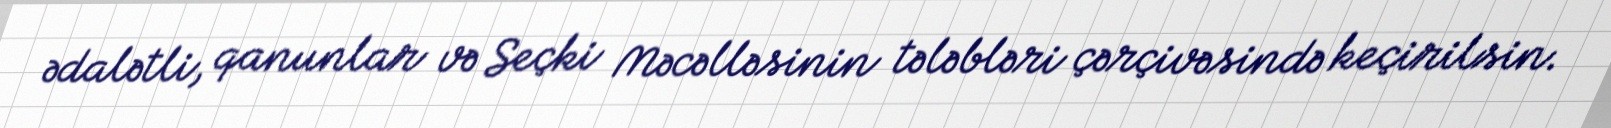
ədalətli, qanunlar və Seçki Məcəlləsinin tələbləri çərçivəsində keçirilsin.